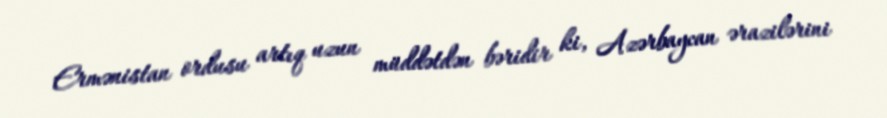
Ermənistan ordusu artıq uzun müddətdən bəridir ki, Azərbaycan ərazilərini